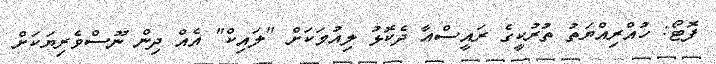
ފޮޓޯ: ހުއްރިއްޔަތު ތުރުކީގެ ރައީސްއާ ދެކޮޅު ލިއުމަކަށް "ލައިކް" އެއް ދިން ނޫސްވެރިޔަކަށް